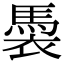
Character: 䮍